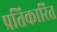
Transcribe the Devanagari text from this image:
प्रतिकारित